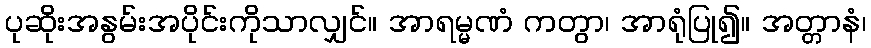
ပုဆိုးအနွမ်းအပိုင်းကိုသာလျှင်။ အာရမ္မဏံ ကတွာ၊ အာရုံပြု၍။ အတ္တာနံ၊